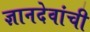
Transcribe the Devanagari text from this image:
ज्ञानदेवांची